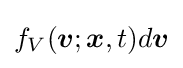
f_{V}({\boldsymbol {v}};{\boldsymbol {x}},t)d{\boldsymbol {v}}